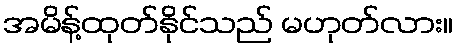
အမိန့်ထုတ်နိုင်သည် မဟုတ်လား။